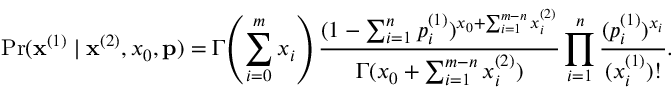
\operatorname* { P r } ( \mathbf { x } ^ { ( 1 ) } \mid \mathbf { x } ^ { ( 2 ) } , x _ { 0 } , \mathbf { p } ) = \Gamma \! \left( \sum _ { i = 0 } ^ { m } { x _ { i } } \right) { \frac { ( 1 - \sum _ { i = 1 } ^ { n } { p _ { i } ^ { ( 1 ) } } ) ^ { x _ { 0 } + \sum _ { i = 1 } ^ { m - n } x _ { i } ^ { ( 2 ) } } } { \Gamma ( x _ { 0 } + \sum _ { i = 1 } ^ { m - n } x _ { i } ^ { ( 2 ) } ) } } \prod _ { i = 1 } ^ { n } { \frac { ( p _ { i } ^ { ( 1 ) } ) ^ { x _ { i } } } { ( x _ { i } ^ { ( 1 ) } ) ! } } .